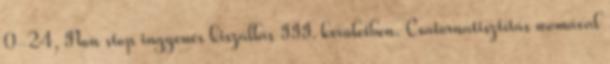
0-24, Non stop ingyenes kiszállás III. kerületben. Csatornatisztítás womával